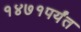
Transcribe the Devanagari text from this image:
१४७१पर्यंत